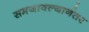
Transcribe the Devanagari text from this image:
समजावल्यानंतर